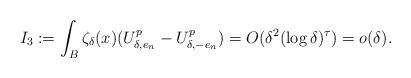
LaTeX: \begin{align*} I_3:=\int_{B} \zeta_\delta(x)(U_{\delta,e_n}^p-U_{\delta,-e_n}^p)=O(\delta^2(\log \delta)^\tau)=o(\delta) .\end{align*}